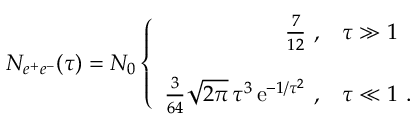
N _ { e ^ { + } e ^ { - } } ( \tau ) = N _ { 0 } \left\{ \begin{array} { r l } { { \frac { 7 } { 1 2 } \ , } } & { { \tau \gg 1 } } \\ { { } } & { { } } \\ { { \frac { 3 } { 6 4 } \sqrt { 2 \pi } \, \tau ^ { 3 } \, \mathrm { e } ^ { - 1 / \tau ^ { 2 } } \ , } } & { { \tau \ll 1 \ . } } \end{array} \right.